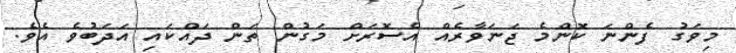
މިވަގު ފެންނަ ކޮންމެ ޖަނަވާރެއް އެސޮރަށް މަގުން ތަން ދައްކައި އަދަބުވެ އެވެ.